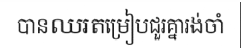
បានឈរតម្រៀបជួរគ្នារង់ចាំ